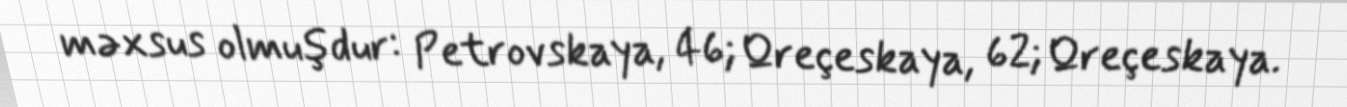
məxsus olmuşdur: Petrovskaya, 46; Qreçeskaya, 62; Qreçeskaya.